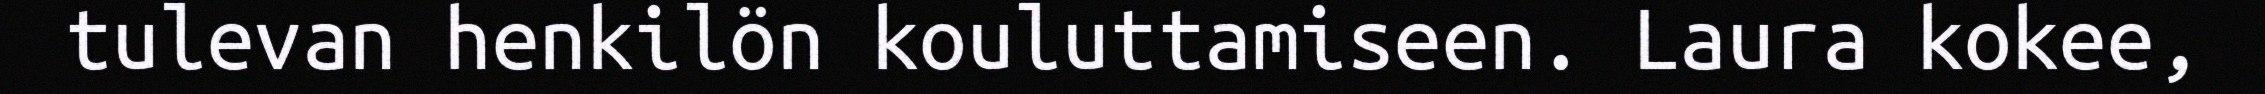
tulevan henkilön kouluttamiseen. Laura kokee,